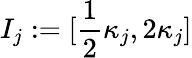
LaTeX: I_{j}:=[\frac 12\kappa_{j},2\kappa_{j}]